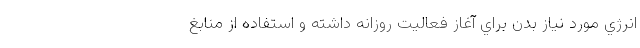
انرژي مورد نياز بدن براي آغاز فعاليت روزانه داشته و استفاده از منابغ